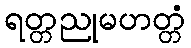
ရတ္တညုမဟတ္တံ